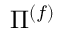
\Pi ^ { ( f ) }